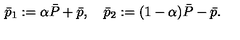
\bar { p } _ { 1 } : = \alpha \bar { P } + \bar { p } , \quad \bar { p } _ { 2 } : = ( 1 - \alpha ) \bar { P } - \bar { p } .